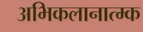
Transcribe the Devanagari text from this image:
अभिकलानात्म्क